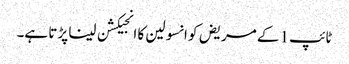
ٹائپ1 کے مریض کو انسولین کا انجیکشن لینا پڑتا ہے۔